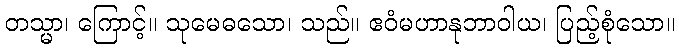
တသ္မာ၊ ကြောင့်။ သုမေဓသော၊ သည်။ ဧဝံမဟာနုဘာဝါယ၊ ပြည့်စုံသော။